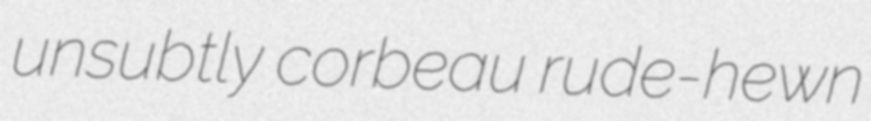
unsubtly corbeau rude-hewn